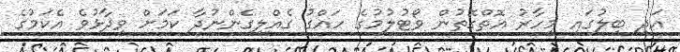
އަދި ބިލުގައި މިހާރު އޮތްގޮތުން ވޯޓުލުމުގެ ހައްގު ގެއްލިގެންނުދާ ކަމަށް ވިދާޅުވެ އެކަމުގެ